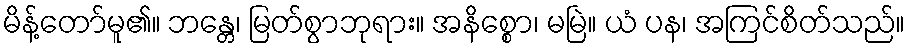
မိန့်တော်မူ၏။ ဘန္တေ၊ မြတ်စွာဘုရား။ အနိစ္စော၊ မမြဲ။ ယံ ပန၊ အကြင်စိတ်သည်။